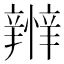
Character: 𢤴